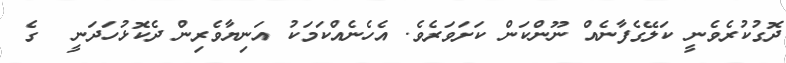
ދޮގުކުރެވެނީ ކަލޭގެފާނެއް ނޫންކަން ކަށަވަރެވެ. އެހެނެއްކަމަކު އަނިޔާވެރިން ދެކޮޅުހަދަނީ  ގެ